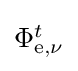
{\textstyle \Phi _{\mathrm {e} ,\nu }^{t}}